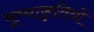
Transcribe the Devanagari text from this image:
भूम्याकृतियों